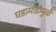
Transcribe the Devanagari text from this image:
घडामोडीमुळे